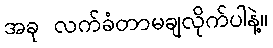
အခု လက်ခံတာမချလိုက်ပါနဲ့။